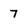
Character: 7